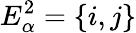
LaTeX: E_{\alpha}^{2}=\{ i,j\}